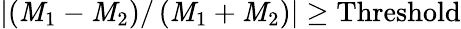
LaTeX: \lvert\left(\mathit{M}_{1}-\mathit{M}_{2}\right)/\left(\mathit{M}_{1}+\mathit{M}_{2}\right)\rvert\ge\mathrm{{{Threshold}}}